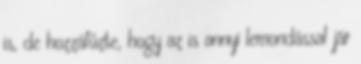
is, de hozzáfűzte, hogy az is annyi lemondással jár